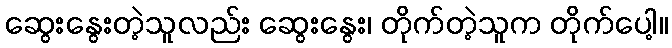
ဆွေးနွေးတဲ့သူလည်း ဆွေးနွေး၊ တိုက်တဲ့သူက တိုက်ပေါ့။